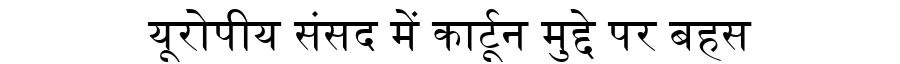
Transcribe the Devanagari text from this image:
यूरोपीय संसद में कार्टून मुद्दे पर बहस